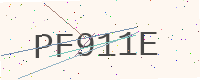
Text: PF911E